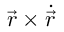
{ \vec { r } } \times { \dot { \vec { r } } }